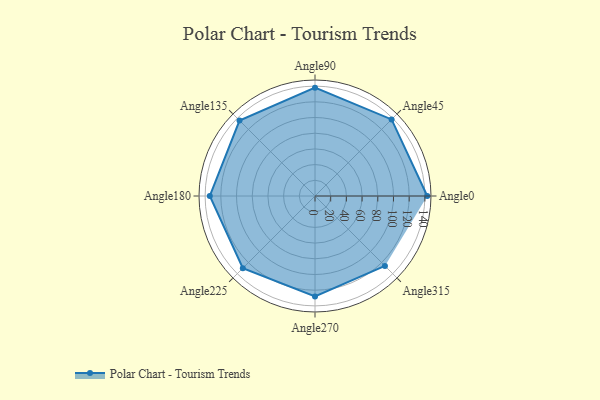
{"axis": {"x": "Angle", "y": "Radius"}, "legend": [""], "data": [{"x": "Angle0", "y": 143.0, "type": ""}, {"x": "Angle45", "y": 138.0, "type": ""}, {"x": "Angle90", "y": 138.0, "type": ""}, {"x": "Angle135", "y": 136.0, "type": ""}, {"x": "Angle180", "y": 134.0, "type": ""}, {"x": "Angle225", "y": 130.0, "type": ""}, {"x": "Angle270", "y": 128.0, "type": ""}, {"x": "Angle315", "y": 126.0, "type": ""}]}